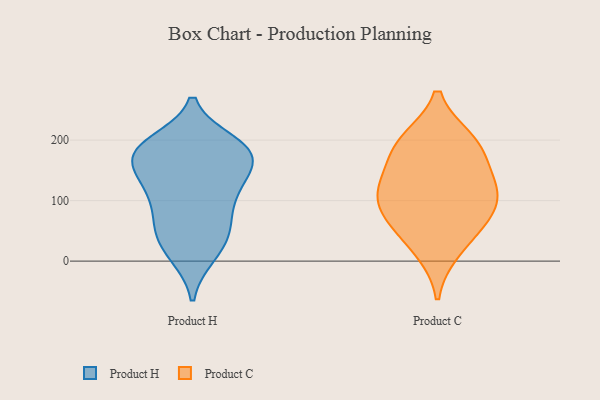
{"axis": {"x": "Active Users", "y": "Value"}, "legend": ["Product C", "Product H"], "data": [{"x": "", "y": 139, "type": "Product H"}, {"x": "", "y": 104, "type": "Product H"}, {"x": "", "y": 110, "type": "Product H"}, {"x": "", "y": 39, "type": "Product H"}, {"x": "", "y": 10, "type": "Product H"}, {"x": "", "y": 193, "type": "Product H"}, {"x": "", "y": 195, "type": "Product H"}, {"x": "", "y": 11, "type": "Product H"}, {"x": "", "y": 181, "type": "Product H"}, {"x": "", "y": 172, "type": "Product H"}, {"x": "", "y": 122, "type": "Product H"}, {"x": "", "y": 53, "type": "Product H"}, {"x": "", "y": 180, "type": "Product H"}, {"x": "", "y": 173, "type": "Product H"}, {"x": "", "y": 57, "type": "Product H"}, {"x": "", "y": 127, "type": "Product H"}, {"x": "", "y": 170, "type": "Product H"}, {"x": "", "y": 182, "type": "Product H"}, {"x": "", "y": 63, "type": "Product H"}, {"x": "", "y": 121, "type": "Product C"}, {"x": "", "y": 75, "type": "Product C"}, {"x": "", "y": 199, "type": "Product C"}, {"x": "", "y": 57, "type": "Product C"}, {"x": "", "y": 120, "type": "Product C"}, {"x": "", "y": 195, "type": "Product C"}, {"x": "", "y": 18, "type": "Product C"}, {"x": "", "y": 88, "type": "Product C"}, {"x": "", "y": 129, "type": "Product C"}, {"x": "", "y": 182, "type": "Product C"}]}